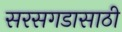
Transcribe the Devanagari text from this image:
सरसगडासाठी